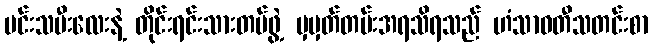
မင်းသမီးလေးနဲ့ တိုင်းရင်းသားတပ်ဖွဲ့ မှမှတ်တမ်းအရသိရသည် ဟံသာဝတီသတင်းစာ